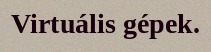
Virtuális gépek.